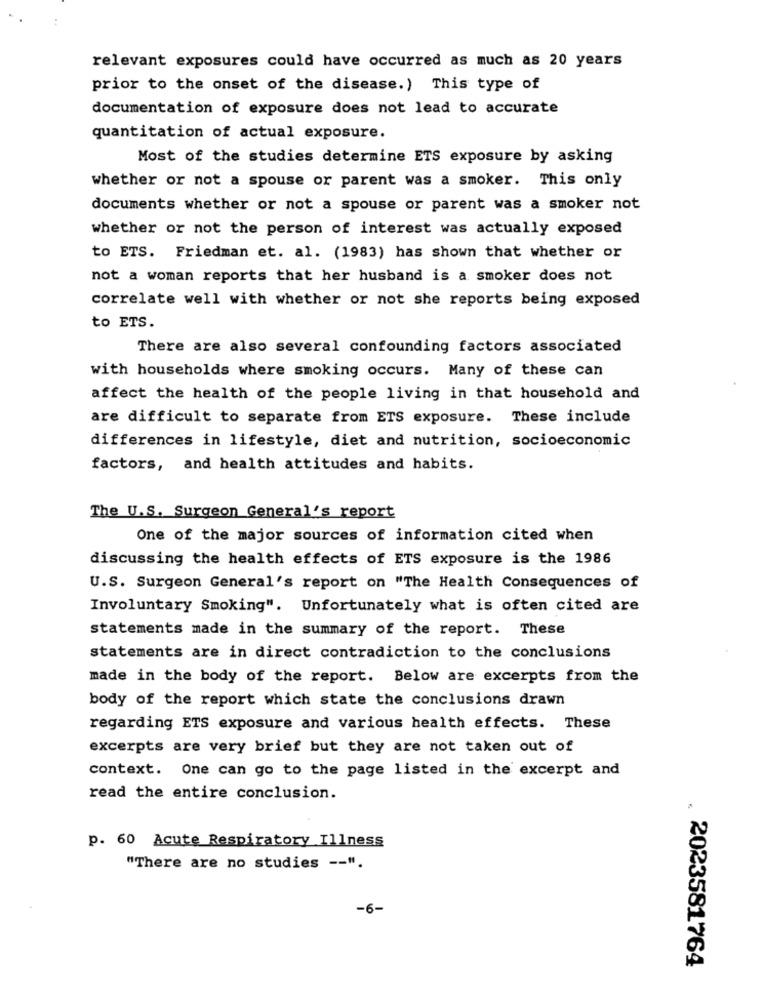
relevant exposures could have occurred as much as 20 years
prior to the onset of the disease.) This type of
documentation of exposure does not lead to accurate
quantitation of actual exposure.
Most of the studies determine ETS exposure by asking
whether or not a spouse or parent was a smoker. This only
documents whether or not a spouse or parent was a smoker not
whether or not the person of interest was actually exposed
to ETS. Friedman et. al. (1983) has shown that whether or
not a woman reports that her husband is a smoker does not
correlate well with whether or not she reports being exposed
to ETS.
There are also several confounding factors associated
with households where smoking occurs. Many of these can
affect the health of the people living in that household and
are difficult to separate from ETS exposure. These include
differences in lifestyle, diet and nutrition, socioeconomic
factors, and health attitudes and habits.
The U.S. Surgeon General's report
One of the major sources of information cited when
discussing the health effects of ETS exposure is the 1986
U.S. Surgeon General's report on "The Health Consequences of
Involuntary Smoking". Unfortunately what is often cited are
statements made in the summary of the report. These
statements are in direct contradiction to the conclusions
made in the body of the report. Below are excerpts from the
body of the report which state the conclusions drawn
regarding ETS exposure and various health effects. These
excerpts are very brief but they are not taken out of
context. One can go to the page listed in the excerpt and
read the entire conclusion.
p. 60 Acute Respiratory Illness
"There are no studies -- ".
-6-
. 2023581764